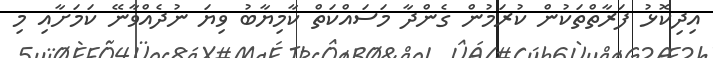
އިދިކޮޅު ފަރާތްތަކުން ކުރަމުން ގެންދާ މަސައްކަތް ކާމިޔާބު ވިޔަ ނުދެއްވާނޭ ކަމަށާއި މި